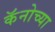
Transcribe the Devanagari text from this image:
कॅनोच्या